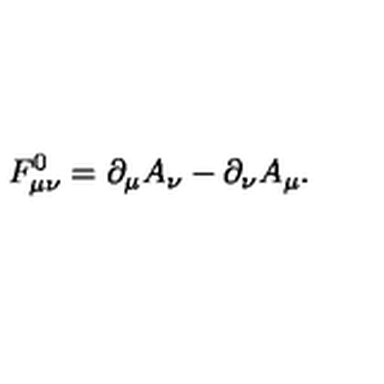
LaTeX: F _ { \mu \nu } ^ { 0 } = \partial _ { \mu } A _ { \nu } - \partial _ { \nu } A _ { \mu } .